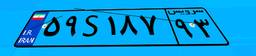
۵۹S۱۸۷۹۳